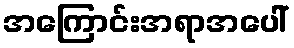
အကြောင်းအရာအပေါ်